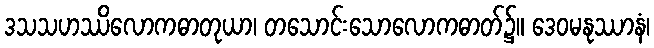
ဒသသဟဿိလောကဓာတုယာ၊ တသောင်းသောလောကဓာတ်၌။ ဒေဝမနုဿာနံ၊